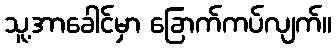
သူ့အာခေါင်မှာ ခြောက်ကပ်လျက်။